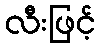
လီးဖြင့်